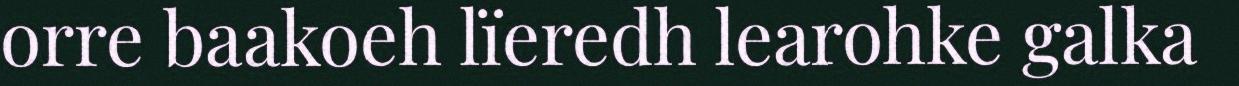
orre baakoeh lïeredh learohke galka